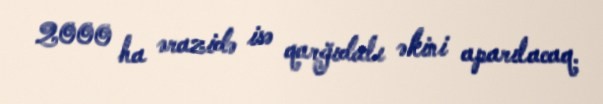
2000 ha ərazidə isə qarğıdalı əkini aparılacaq.